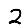
Digit: 2